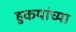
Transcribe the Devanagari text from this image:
हुकयांच्या